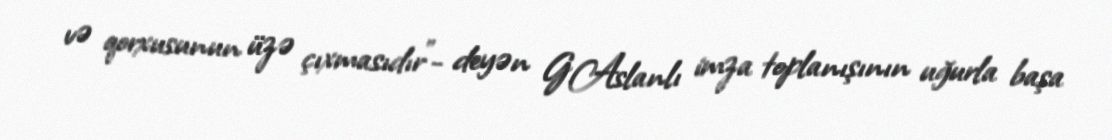
və qorxusunun üzə çıxmasıdır”- deyən G.Aslanlı imza toplanışının uğurla başa